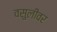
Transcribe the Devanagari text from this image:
वसुलीवर